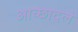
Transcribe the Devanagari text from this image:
आच्छादले